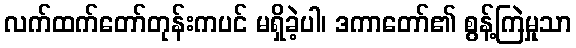
လက်ထက်တော်တုန်းကပင် မရှိခဲ့ပါ၊ ဒကာတော်၏ စွန့်ကြဲမှုသာ